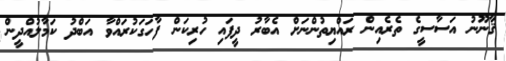
ޤާނޫނު އަސާސީގެ ތެރެއިން ރައްޔިތުންނަށް އެބާރު ދީފައި ހުރިކަން ފާހަގަކުރައްވާ އަބްދު ކަމާލުއްދީން